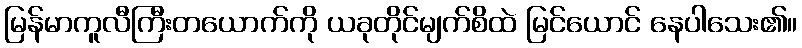
မြန်မာကူလီကြီးတယောက်ကို ယခုတိုင်မျက်စိထဲ မြင်ယောင် နေပါသေး၏။